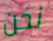
نحن